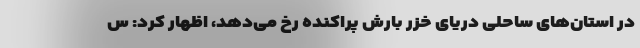
در استان‌های ساحلی دریای خزر بارش پراکنده رخ می‌دهد، اظهار کرد: س